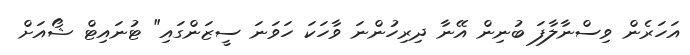
އަހަރެން ވިސްނާލާފަ ބުނިން އޭނާ ދިރިހުންނަ ވާހަކަ ހަވަނަ ސީޒަންގައި" ޓުނައިޓް ޝޯއަށް